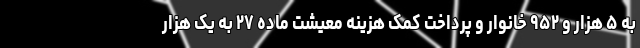
به ۵ هزار و ۹۵۲ خانوار و پرداخت کمک هزینه معیشت ماده ۲۷ به یک هزار